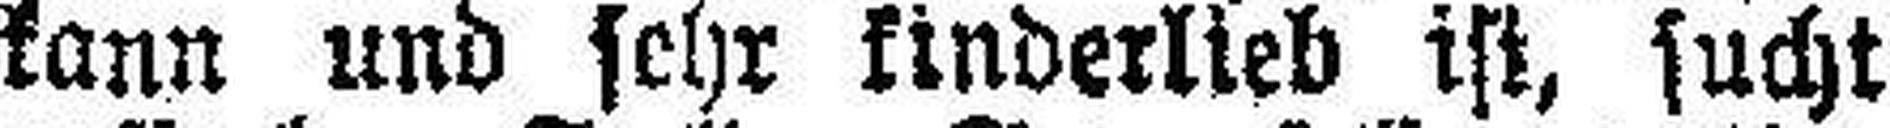
kann und sehr kinderlieb ist, sucht